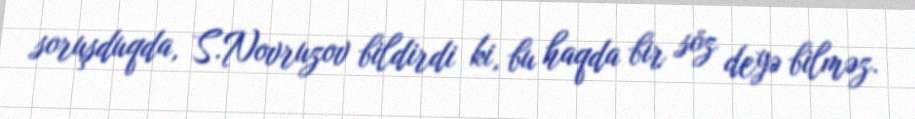
soruşduqda, S.Novruzov bildirdi ki, bu haqda bir söz deyə bilməz.